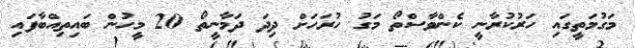
މަގުމަތީގައި ހަރުކުރާނީ ކެންވާސްތޯ މަގު ހުރަހަށް ދިދަ ދަމާނީތޯ 20 މީހުން ބައިތިއްބާފައި